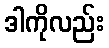
ဒါကိုလည်း